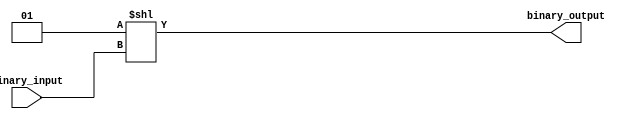
module binary_decoder #(
    parameter n = 3
)(
    input [n-1:0] binary_input,
    output [2**n-1:0] binary_output
);

assign binary_output = (1 << binary_input);

endmodule